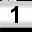
Digit: 1